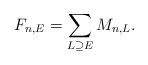
\begin{align*} F_{n,E}=\sum_{L\supseteq E}M_{n,L}.\end{align*}